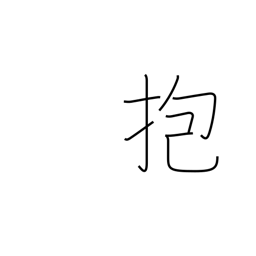
Meaning: embrace